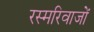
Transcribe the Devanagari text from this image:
रस्मरिवाजों